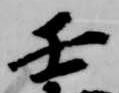
壬